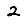
Digit: 2